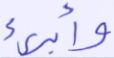
وأبرئ